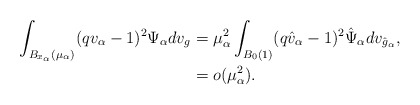
\begin{align*} \int_{B_{x_\alpha}(\mu_\alpha)} (qv_\alpha-1)^2 \Psi_\alpha dv_g & = \mu_\alpha^2 \int_{B_0(1)}(q\hat{v}_\alpha-1)^2 \hat{\Psi}_\alpha dv_{\hat{g}_\alpha},\\ & = o(\mu_\alpha^2). \end{align*}